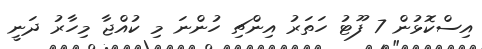
އިސްކޮޅުން 7 ފޫޓު ހަތަރު އިންޗި ހުންނަ މި ކުއްޖާ މިހާރު ދަނީ